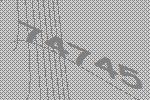
74745